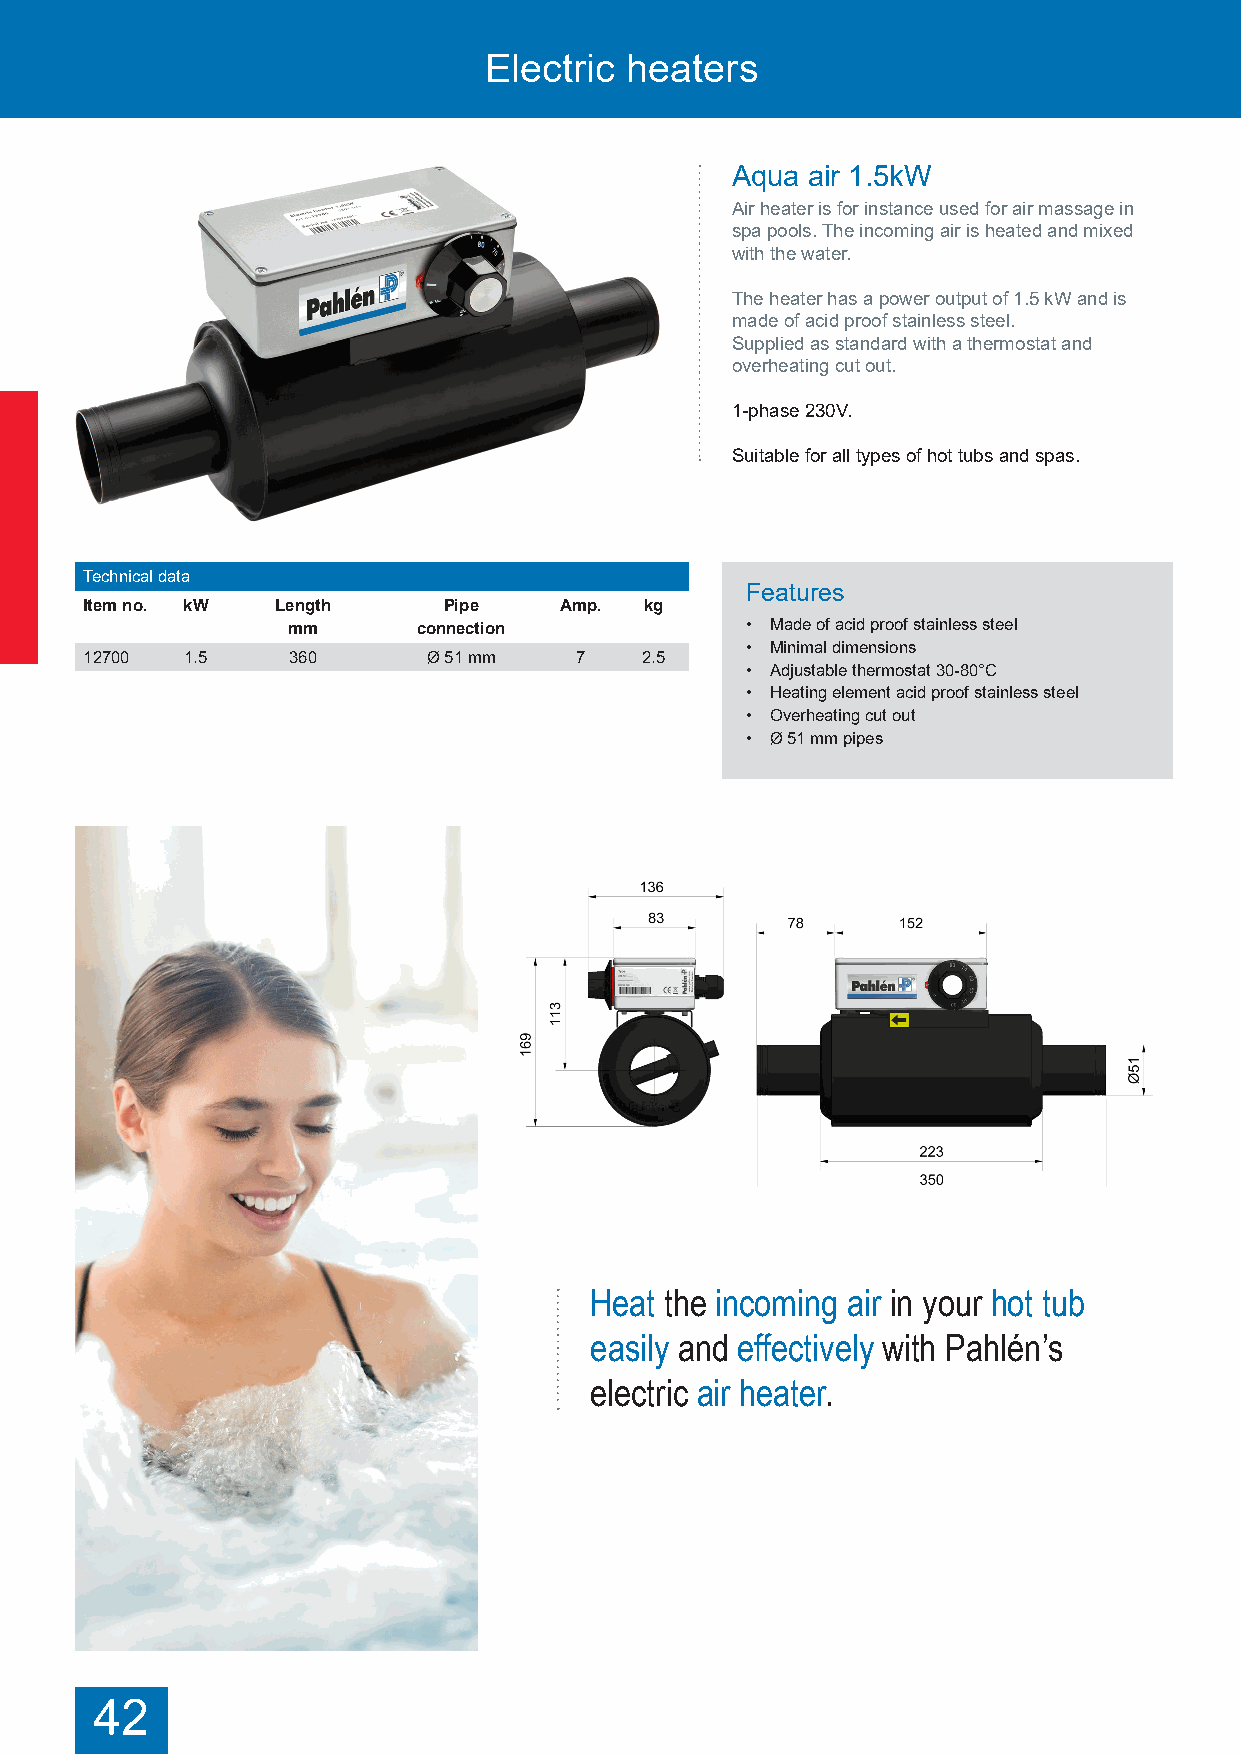
Electric heaters
 Aqua air 1.5kW
 Air heater is for instance used for air massage in
 spa pools. The incoming air is heated and mixed
 with the water.
 The heater has a power output of 1.5 kW and is
 made of acid proof stainless steel.
 Supplied as standard with a thermostat and
 overheating cut out.
 1-phase 230V.
 Suitable for all types of hot tubs and spas.
 Technical data
 Features
 Item no. kW Length     Pipe    Amp.  kg
 mm       connection           • Made of acid proof stainless steel
 • Minimal dimensions
 12700 1.5    360      Ø 51 mm   7   2.5
 • Adjustable thermostat 30-80°C
 • Heating element acid proof stainless steel
 • Overheating cut out
 • Ø 51 mm pipes
 Heat the incoming air in your hot tub
 easily and effectively with Pahlén’s
 electric air heater.
 42